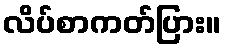
လိပ်စာကတ်ပြား။